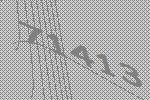
71413